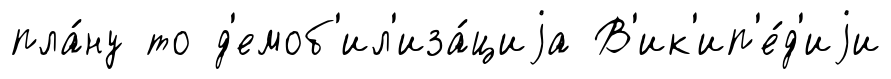
пла́ну то д'емоб'ил'иза́циjа В'ик'ип'е́д'иjи